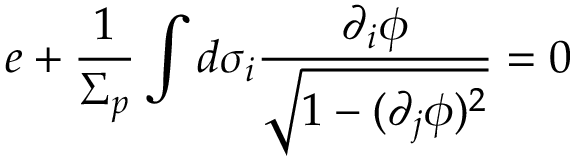
e + \frac { 1 } { \Sigma _ { p } } \int d \sigma _ { i } \frac { \partial _ { i } \phi } { \sqrt { 1 - ( \partial _ { j } \phi ) ^ { 2 } } } = 0